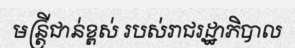
មន្ត្រីជាន់ខ្ពស់ របស់រាជរដ្ឋាភិបាល